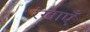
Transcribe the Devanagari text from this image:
रंखाएँ